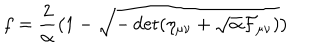
LaTeX: f = { \frac { 2 } { \alpha } } \bigl ( 1 - \sqrt { - \det ( \eta _ { \mu \nu } + \sqrt { \alpha } { \cal F } _ { \mu \nu } ) } \bigr )